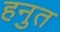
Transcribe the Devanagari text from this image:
हनुत